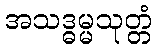
အသဒ္ဓမ္မသုတ္တံ